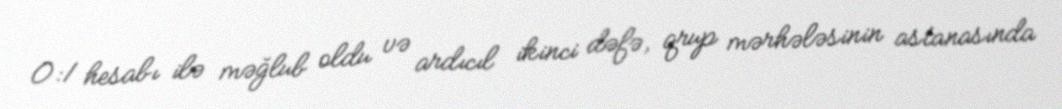
0:1 hesabı ilə məğlub oldu və ardıcıl ikinci dəfə, qrup mərhələsinin astanasında